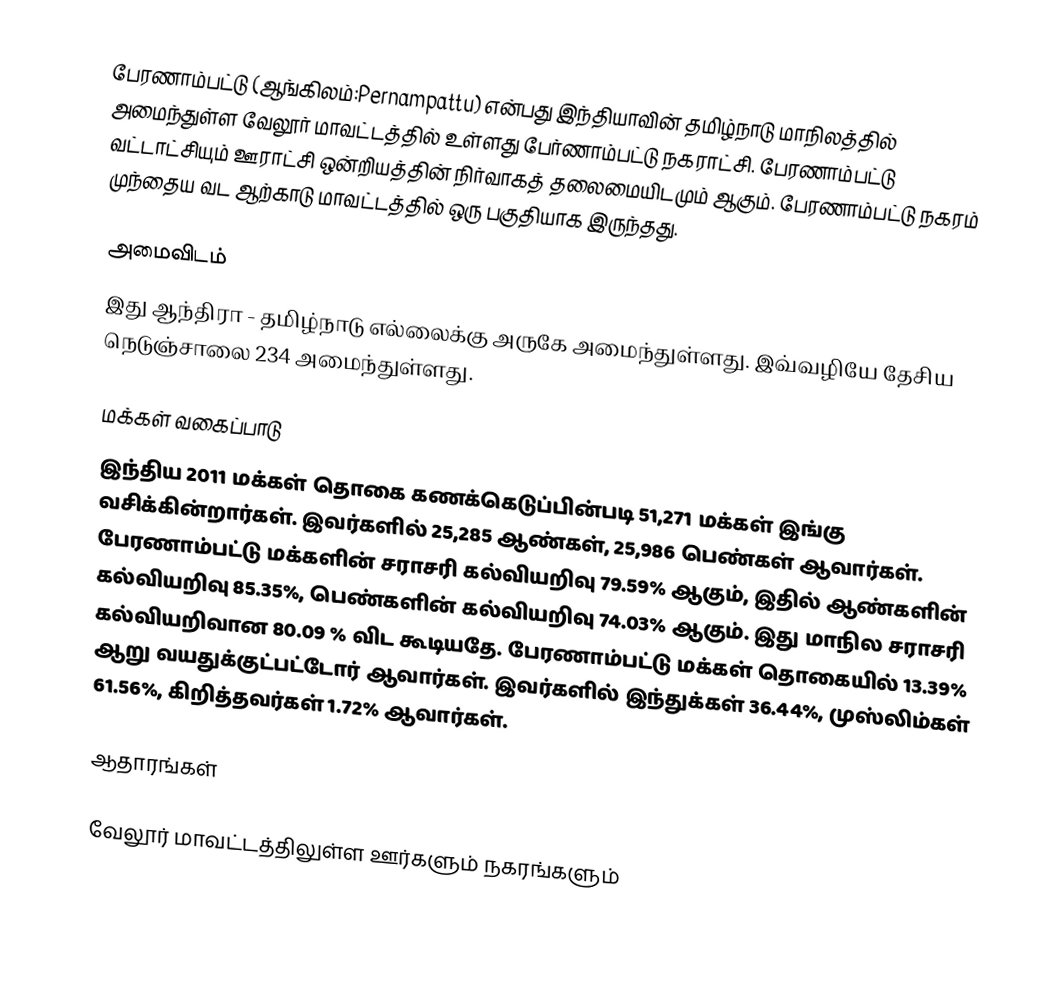
பேரணாம்பட்டு (ஆங்கிலம்:Pernampattu) என்பது இந்தியாவின் தமிழ்நாடு மாநிலத்தில் அமைந்துள்ள வேலூர் மாவட்டத்தில் உள்ளது பேர்ணாம்பட்டு நகராட்சி.  பேரணாம்பட்டு வட்டாட்சியும் ஊராட்சி ஒன்றியத்தின் நிர்வாகத் தலைமையிடமும் ஆகும். பேரணாம்பட்டு நகரம் முந்தைய வட ஆற்காடு மாவட்டத்தில் ஒரு பகுதியாக இருந்தது.

அமைவிடம்
இது ஆந்திரா - தமிழ்நாடு எல்லைக்கு அருகே அமைந்துள்ளது. இவ்வழியே தேசிய நெடுஞ்சாலை 234 அமைந்துள்ளது.

மக்கள் வகைப்பாடு
இந்திய 2011 மக்கள் தொகை கணக்கெடுப்பின்படி 51,271 மக்கள் இங்கு வசிக்கின்றார்கள். இவர்களில் 25,285 ஆண்கள், 25,986 பெண்கள் ஆவார்கள். பேரணாம்பட்டு மக்களின் சராசரி கல்வியறிவு 79.59% ஆகும்,  இதில் ஆண்களின் கல்வியறிவு 85.35%,  பெண்களின் கல்வியறிவு 74.03% ஆகும். இது மாநில சராசரி கல்வியறிவான 80.09 % விட கூடியதே. பேரணாம்பட்டு  மக்கள் தொகையில் 13.39%  ஆறு வயதுக்குட்பட்டோர் ஆவார்கள். இவர்களில்  இந்துக்கள் 36.44%, முஸ்லிம்கள் 61.56%, கிறித்தவர்கள் 1.72% ஆவார்கள்.

ஆதாரங்கள்

வேலூர் மாவட்டத்திலுள்ள ஊர்களும் நகரங்களும்